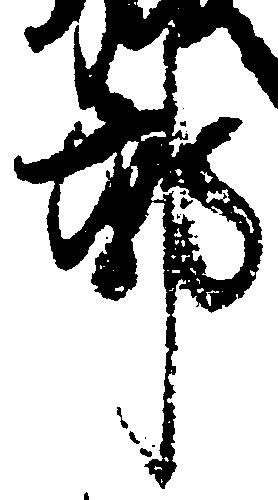
郭